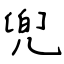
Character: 兜